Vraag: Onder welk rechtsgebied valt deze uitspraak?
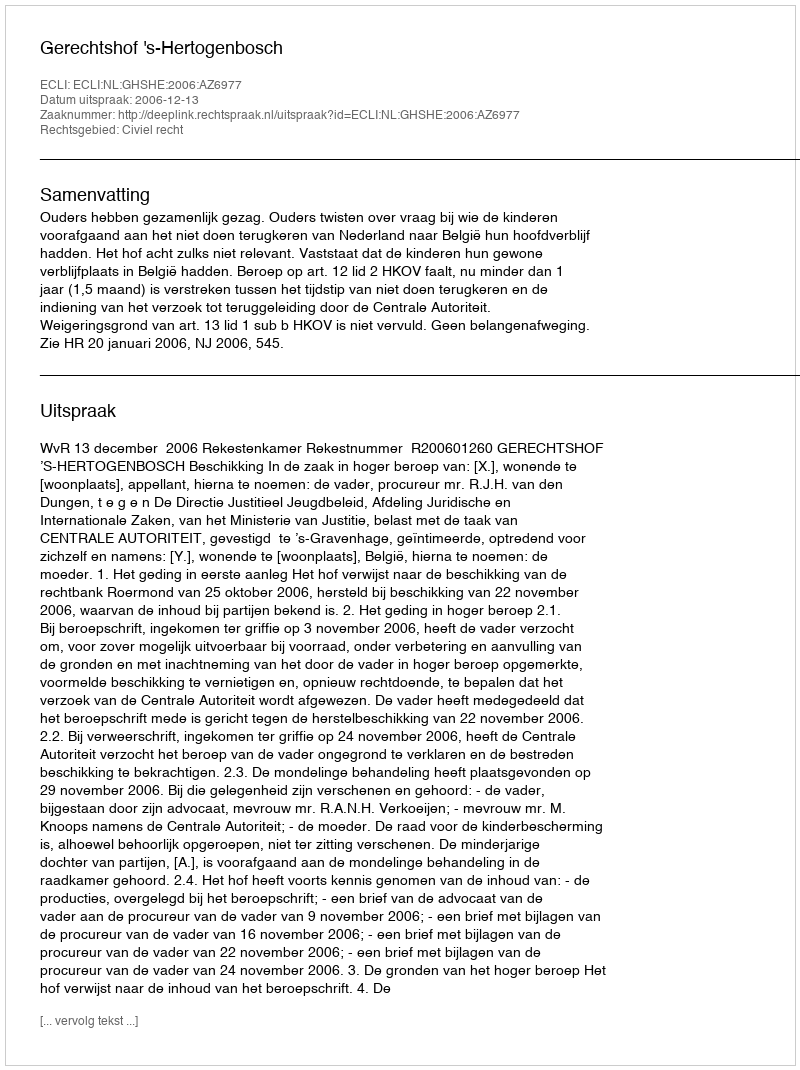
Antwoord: Civiel recht